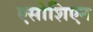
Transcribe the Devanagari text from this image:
एसोशिएन